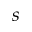
s